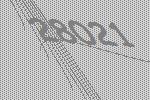
28021